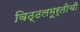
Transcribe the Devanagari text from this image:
विठ्ठलमूर्तीची